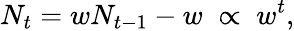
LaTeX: N_{t}=wN_{t-1}-w\; \propto\; w^{t},